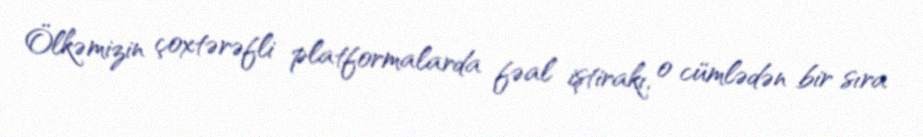
Ölkəmizin çoxtərəfli platformalarda fəal iştirakı, o cümlədən bir sıra